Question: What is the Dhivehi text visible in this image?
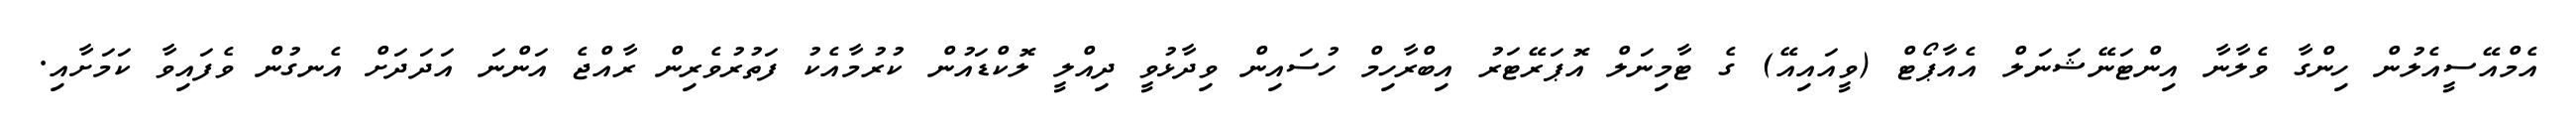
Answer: އެމްއޭސީއެލުން ހިންގާ ވެލާނާ އިންޓަނޭޝަނަލް އެއާޕޯޓް (ވީއައިއޭ) ގެ ޓާމިނަލް އޮޕަރޭޓަރު އިބްރާހިމް ހުސައިން ވިދާޅުވީ ދިއްލީ ލޮކްޑައުން ކުރުމާއެކު ފަތުރުވެރިން ރާއްޖެ އަންނަ އަދަދަށް އެނގުން ވެފައިވާ ކަމަށާއި.